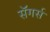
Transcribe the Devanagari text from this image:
सॅगर्स